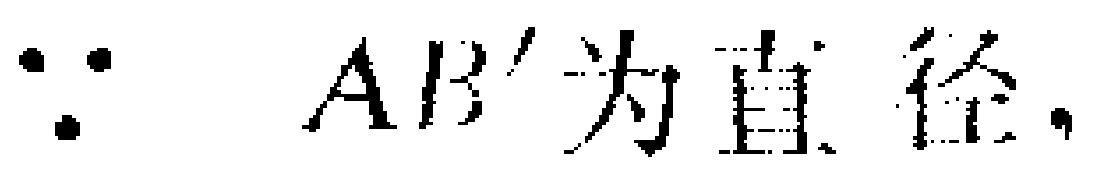
$\because AB' \text{为直径},$